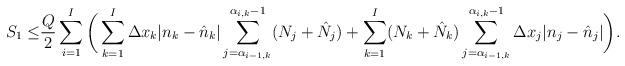
LaTeX: \begin{align*}S_1 \leq& \frac{Q}{2} \sum_{i= 1}^I \bigg(\sum_{k=1}^{I} \Delta x_k |n_k- \hat{n}_k| \sum_{j=\alpha_{i-1,k}}^{\alpha_{i,k}-1} (N_j+\hat{N}_j)+ \sum_{k=1}^{I} (N_k+ \hat{N}_k) \sum_{j=\alpha_{i-1,k}}^{\alpha_{i,k}-1} \Delta x_j |n_j-\hat{n}_j| \bigg).\end{align*}